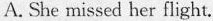
A. She missed her flight.